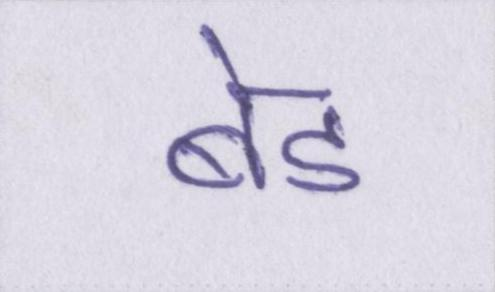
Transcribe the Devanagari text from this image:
बेड